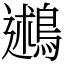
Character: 鶐